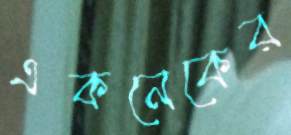
একনেকের